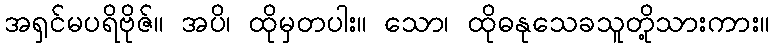
အရှင်မပရိဗိုဇ်။ အပိ၊ ထိုမှတပါး။ သော၊ ထိုဓနုသေခသူတို့သားကား။